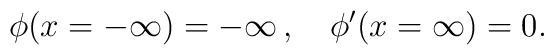
\phi(x= - \infty) = -\infty\,,\quad\phi'(x = \infty) = 0.